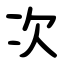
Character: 次